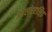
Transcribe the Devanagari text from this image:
ओलरएसिइ